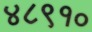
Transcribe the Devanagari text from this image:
४८९१०